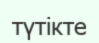
түтікте